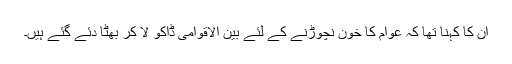
ان کا کہنا تھا کہ عوام کا خون نچوڑنے کے لئے بین الاقوامی ڈاکو لا کر بھٹا دئے گئے ہیں۔